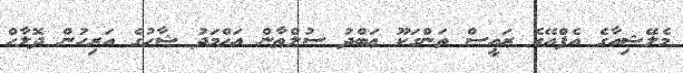
މެލޭޝިއާގެ އެފްއޭގެ ރައީސް ތަންގަކޫ ޢަބްދު ސުލްޠާން އަޙްމަދު ޝާހުގެ އަރިހުން ދޮލާހް